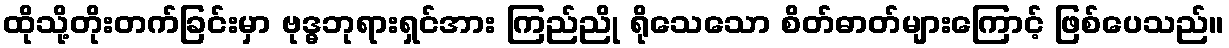
ထိုသို့တိုးတက်ခြင်းမှာ ဗုဒ္ဓဘုရားရှင်အား ကြည်ညို ရိုသေသော စိတ်ဓာတ်များကြောင့် ဖြစ်ပေသည်။